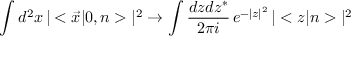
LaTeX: \int d ^ { 2 } x \, | < \vec { x } | 0 , n > | ^ { 2 } \to \int { \frac { d z d z ^ { * } } { 2 \pi i } } \, e ^ { - | z | ^ { 2 } } \, | < z | n > | ^ { 2 }